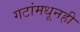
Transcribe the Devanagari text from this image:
गटांमधूनही